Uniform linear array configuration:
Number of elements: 32
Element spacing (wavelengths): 1
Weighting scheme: blackman
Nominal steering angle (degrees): -45
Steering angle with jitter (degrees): -46.272
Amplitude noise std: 0.05
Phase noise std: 0.05

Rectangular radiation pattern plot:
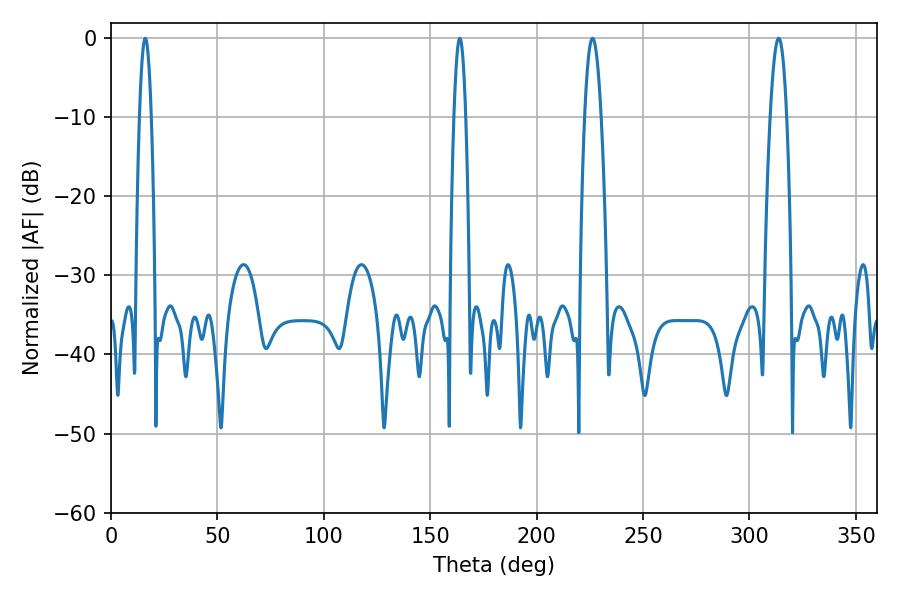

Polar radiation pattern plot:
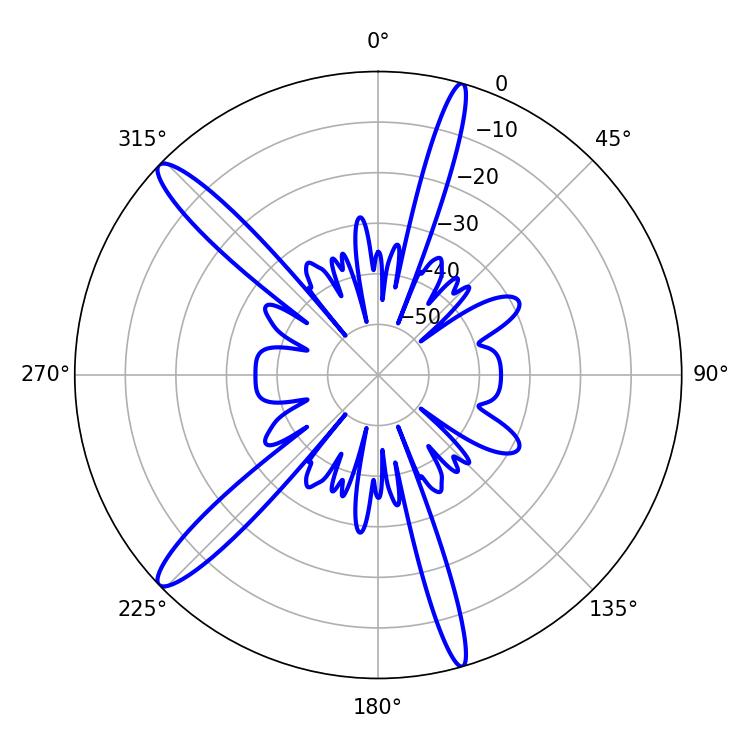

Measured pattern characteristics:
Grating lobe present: TRUE
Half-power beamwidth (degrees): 4.14
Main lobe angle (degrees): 226.26